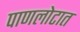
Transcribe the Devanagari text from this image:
पाणलोटात